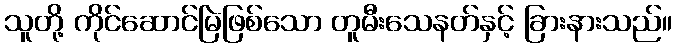
သူတို့ ကိုင်ဆောင်မြဲဖြစ်သော တူမီးသေနတ်နှင့် ခြားနားသည်။